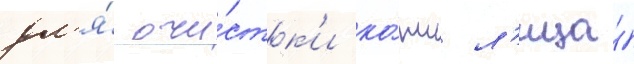
дл'я́ очи́стк'и ко́жи л'ица́